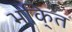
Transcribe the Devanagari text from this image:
भकि्‌त